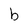
Character: b